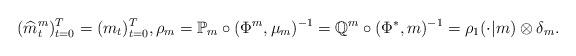
LaTeX: \begin{align*}(\widehat m_t^m)_{t=0}^T=(m_t)_{t=0}^T, \rho_m=\mathbb{P}_m\circ (\Phi^m, \mu_m)^{-1}= \mathbb Q^m \circ (\Phi^*, m)^{-1}=\rho_1(\cdot|m) \otimes \delta_m.\end{align*}